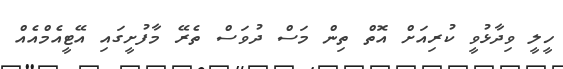
ހީލީ ވިދާޅުވީ ކުރިއަށް އޮތް ތިން މަސް ދުވަސް ތެރޭ މާފުށީގައި އޭޓީއެމްއެއް